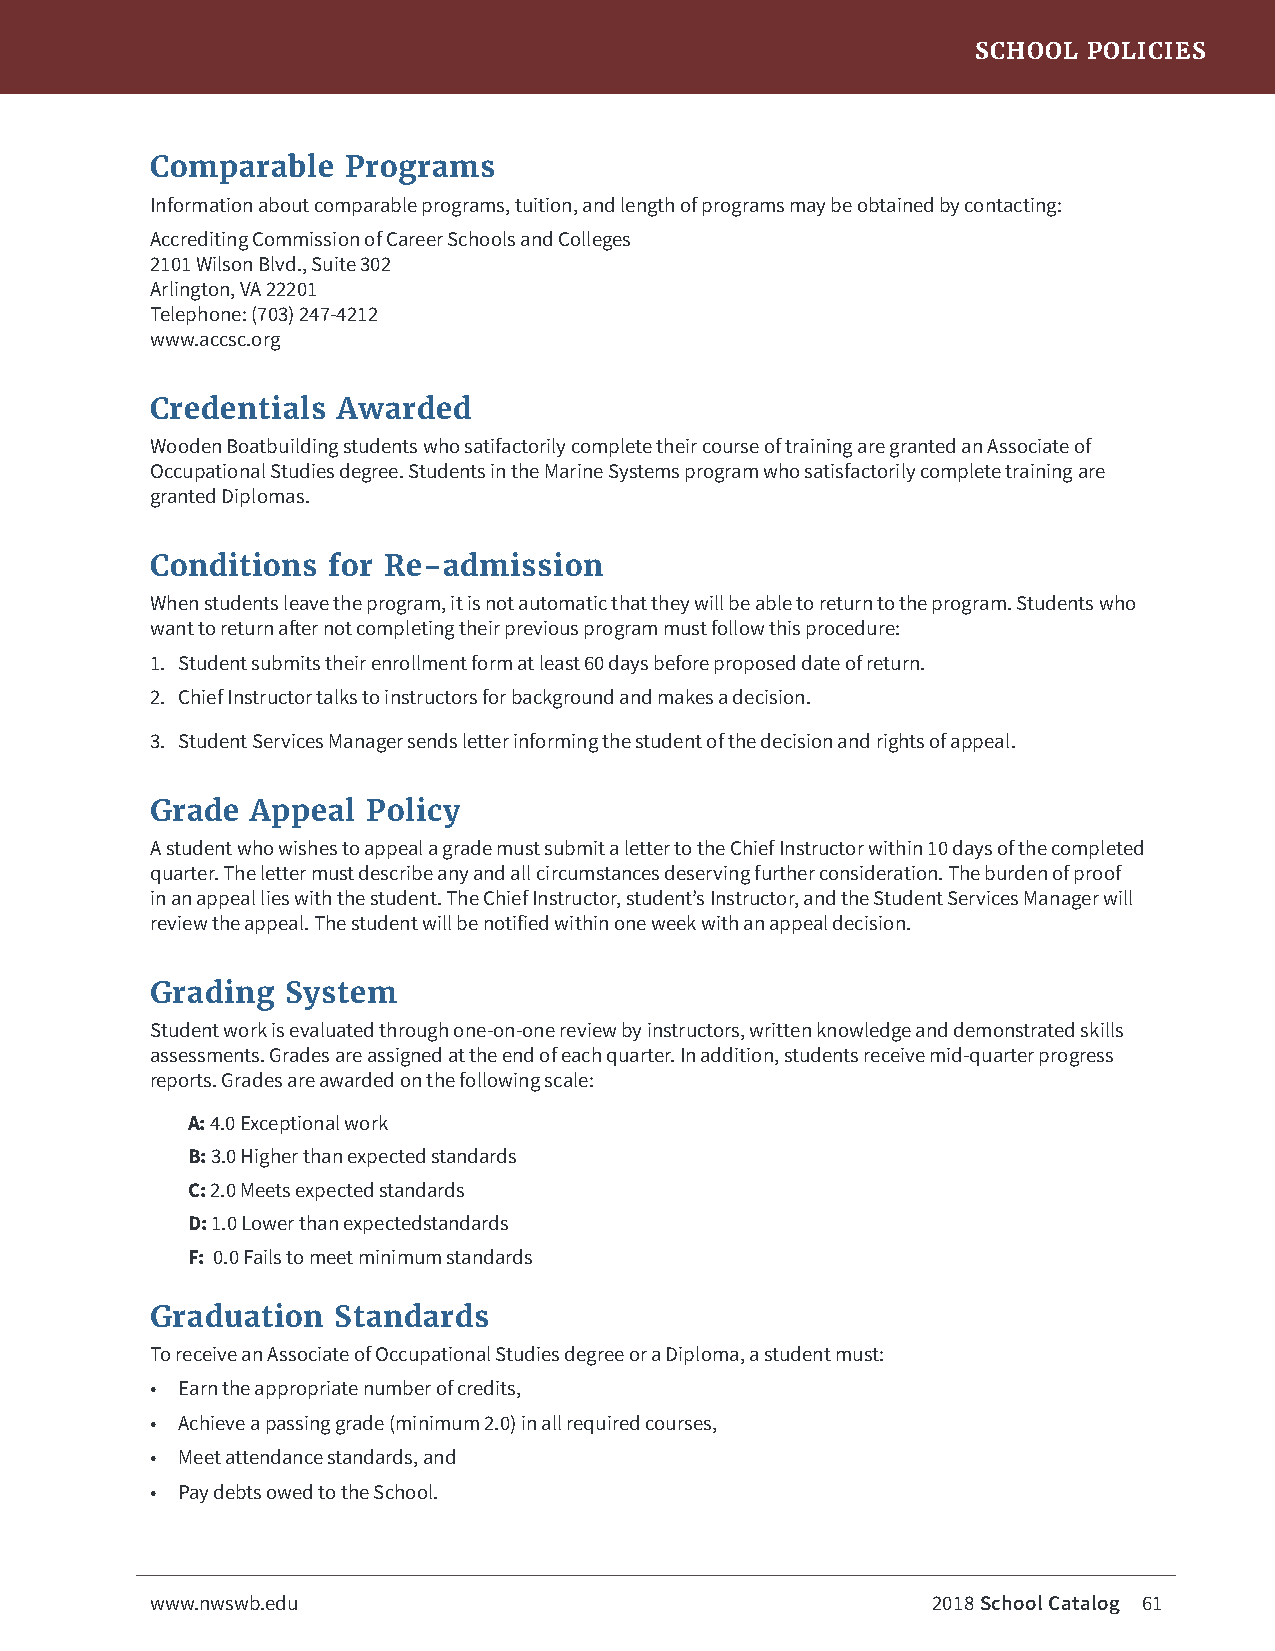
SCHOOL POLICIES
 Comparable   Programs
 Information about comparable programs, tuition, and length of programs may be obtained by contacting:
 Accrediting Commission of Career Schools and Colleges
 2101 Wilson Blvd., Suite 302
 Arlington, VA 22201
 Telephone: (703) 247-4212
 www.accsc.org
 Credentials Awarded
 Wooden Boatbuilding students who satifactorily complete their course of training are granted an Associate of
 Occupational Studies degree. Students in the Marine Systems program who satisfactorily complete training are
 granted Diplomas.
 Conditions  for Re-admission
 When students leave the program, it is not automatic that they will be able to return to the program. Students who
 want to return after not completing their previous program must follow this procedure:
 1. Student submits their enrollment form at least 60 days before proposed date of return.
 2. Chief Instructor talks to instructors for background and makes a decision.
 3. Student Services Manager sends letter informing the student of the decision and rights of appeal.
 Grade  Appeal Policy
 A student who wishes to appeal a grade must submit a letter to the Chief Instructor within 10 days of the completed
 quarter. The letter must describe any and all circumstances deserving further consideration. The burden of proof
 in an appeal lies with the student. The Chief Instructor, student’s Instructor, and the Student Services Manager will
 review the appeal. The student will be notified within one week with an appeal decision.
 Grading  System
 Student work is evaluated through one-on-one review by instructors, written knowledge and demonstrated skills
 assessments. Grades are assigned at the end of each quarter. In addition, students receive mid-quarter progress
 reports. Grades are awarded on the following scale:
 A: 4.0 Exceptional work
 B: 3.0 Higher than expected standards
 C: 2.0 Meets expected standards
 D: 1.0 Lower than expectedstandards
 F: 0.0 Fails to meet minimum standards
 Graduation  Standards
 To receive an Associate of Occupational Studies degree or a Diploma, a student must:
 • Earn the appropriate number of credits,
 • Achieve a passing grade (minimum 2.0) in all required courses,
 • Meet attendance standards, and
 • Pay debts owed to the School.
 www.nwswb.edu                                       2018 School Catalog 61